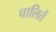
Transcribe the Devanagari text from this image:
चालितें